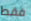
فقط